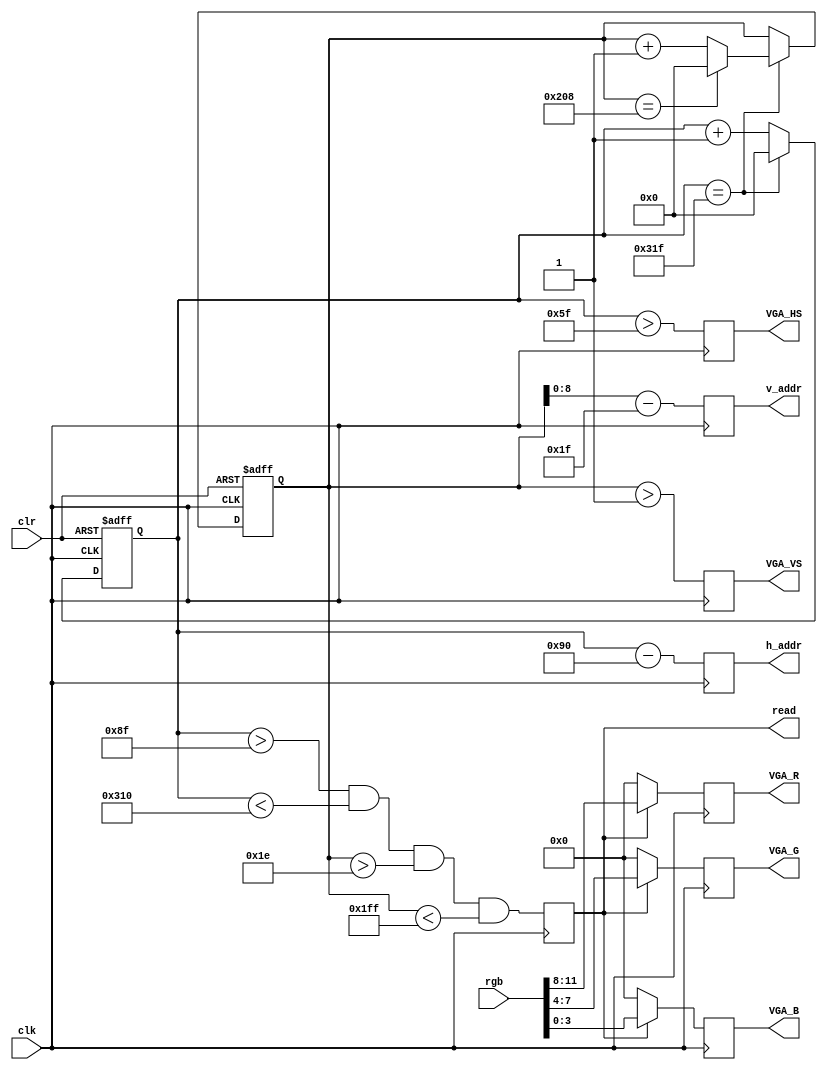

module vga(
    input  wire        clk,     //25MHz
    input  wire        clr,     //clear, active high
    input  wire [11:0] rgb,     //rrrr_gggg_bbbb
    output reg  [9 :0] h_addr,  //horizontal address
    output reg  [8 :0] v_addr,  //vertical address
    output reg         read,    //active high
    output reg         VGA_HS,  //horizontal synchronization
    output reg         VGA_VS,  //vertical synchronization
    output reg  [3 :0] VGA_R,   //red
    output reg  [3 :0] VGA_G,   //green
    output reg  [3 :0] VGA_B    //blue
    );
    
    //VGA horizontal counter
    //total:800 (0-799)
    //SP:   96  (0-95)
    //BP:   48  (96-143)
    //HV:   640 (144-783)
    //FP:   16  (784-799)
    reg [9:0] h_count;
    always @ (posedge clk or posedge clr) begin
        if (clr) h_count <= 10'b0;
        else if (h_count == 10'd799) h_count <= 10'b0;
        else h_count <= h_count + 10'b1;
    end
    
    //VGA vertical counter
    //total:521 (0-520)
    //SP:   2   (0-1)
    //BP:   29  (2-30)
    //VV:   480 (31-510)
    //FP:   10  (511-520)
    reg [9:0] v_count;
    always @ (posedge clk or posedge clr) begin
        if (clr) v_count <= 10'b0;
        else begin
            if (h_count ==10'd799) begin
                if (v_count == 10'd520) v_count <= 10'b0;
                else v_count <= v_count + 10'b1;
            end
        end
    end
        
    //relays
    wire [9:0] h_addr_relay = h_count - 10'd144;
    wire [9:0] v_addr_relay = v_count - 10'd31;
    wire hsync_relay = (h_count > 10'd95);
    wire vsync_relay = (v_count > 10'd1);
    wire read_relay = (h_count > 10'd143) && (h_count < 10'd784) && (v_count > 10'd30) && (v_count < 10'd511);
    
    //output
    always @ (posedge clk) begin
        h_addr <= h_addr_relay;
        v_addr <= v_addr_relay[8:0];
        VGA_HS <= hsync_relay;
        VGA_VS <= vsync_relay;
        read <= read_relay;
        VGA_R <= read ? rgb[11:8] : 4'b0;
        VGA_G <= read ? rgb[7:4] : 4'b0;
        VGA_B <= read ? rgb[3:0] : 4'b0;
    end
    
endmodule